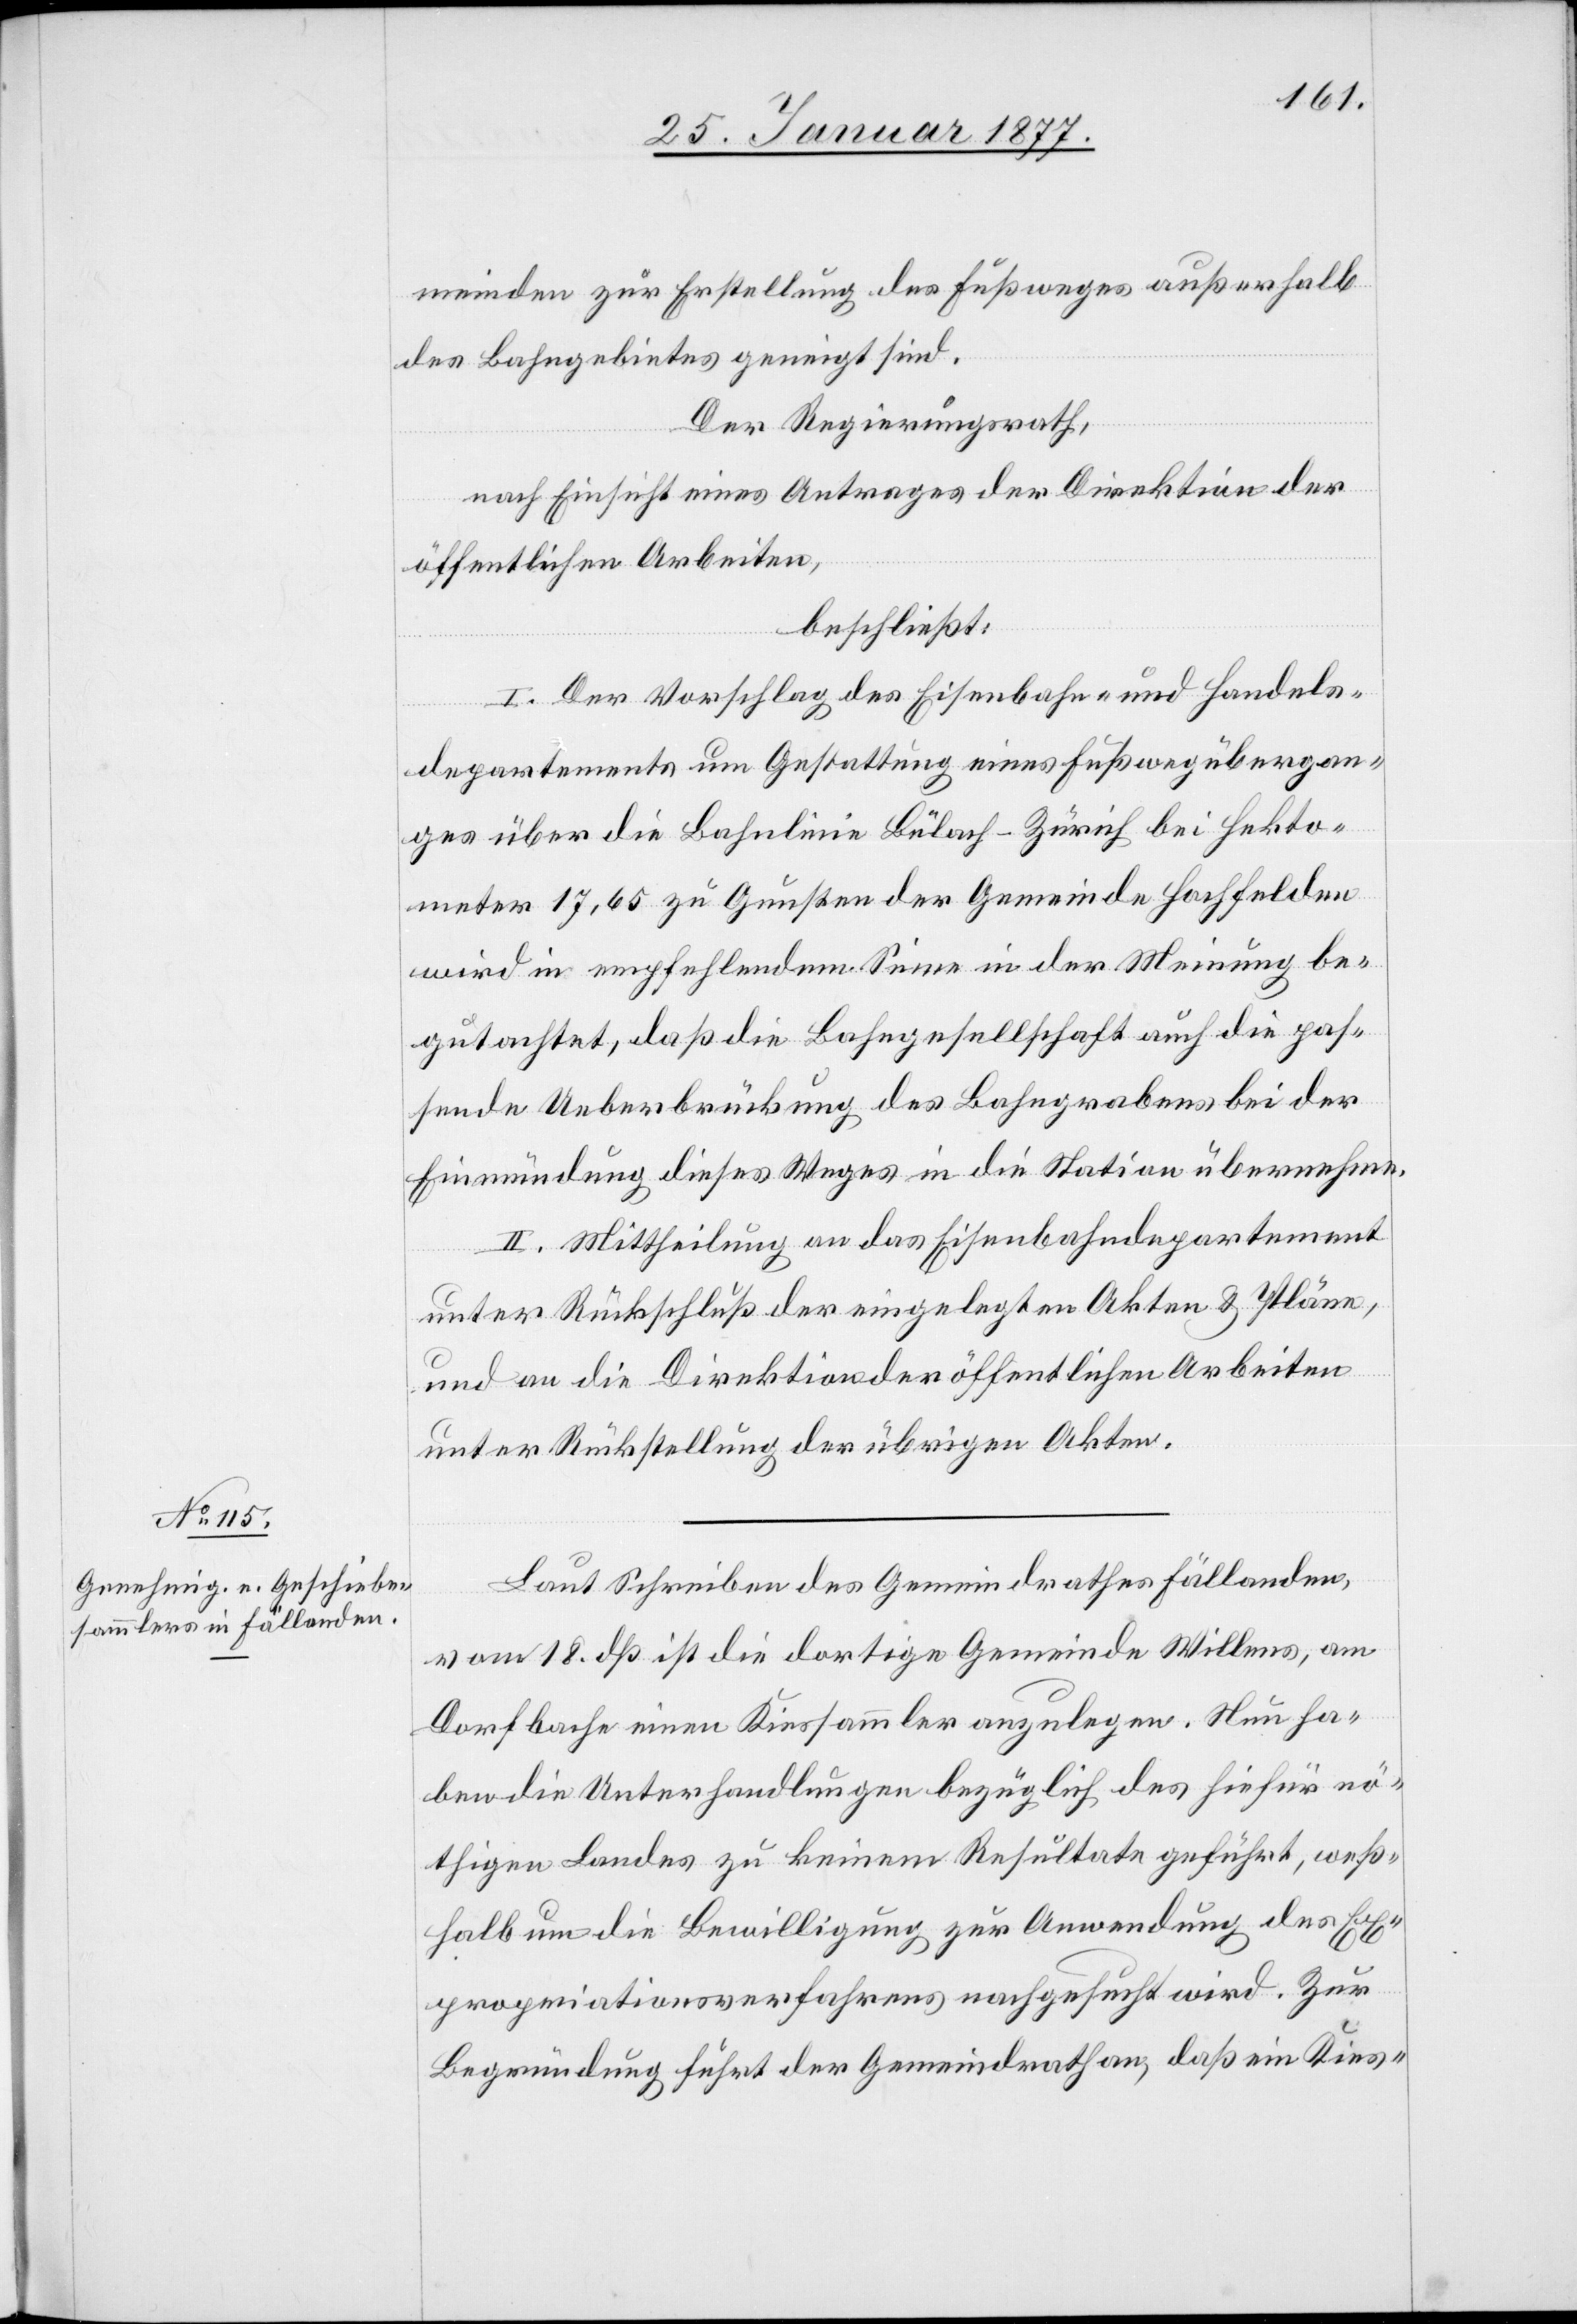
meinden zur Erstellung des Fußweges außerhalb
des Bahngebietes geneigt sind.
Der Regierungsrath,
nach Einsicht eines Antrages der Direktion der
öffentlichen Arbeiten,
beschließt:
I. Der Vorschlag des Eisenbahn- und Handels¬
departements zur Gestattung eines Fußwegübergan¬
ges über die Bahnlinie Bülach–Zürich bei Hekto¬
meter 17,65 zu Gunsten der Gemeinde Hochfelden
wird in empfehlendem Sinne in der Meinung be¬
gutachtet, daß die Bahngesellschaft auch die pas¬
sende Ueberbrückung des Bahngrabens bei der
Einmündung dieses Weges in die Station übernehme.
II. Mittheilung an das Eisenbahndepartement
und an die Direktion der öffentlichen Arbeiten
unter Rückstellung der übrigen Akten.
Laut Schreiben des Gemeindrathes Fällanden,
vom 18. dß ist die dortige Gemeinde Willens, am
Dorfbache einen Kiessammler anzulegen. Nun ha¬
ben die Unterhandlungen bezüglich des hiefür nö¬
thigen Landes zu keinem Resultate geführt, weß¬
halb um die Bewilligung zur Anwendung des Ex¬
propriationsverfahrens nachgesucht wird. Zur
Begründung führt der Gemeindrath an, daß ein Kies-